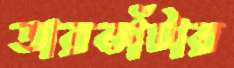
তারকাঁটার